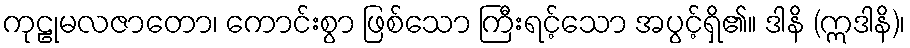
ကုဠုမလဇာတော၊ ကောင်းစွာ ဖြစ်သော ကြီးရင့်သော အပွင့်ရှိ၏။ ဒါနိ (ဣဒါနိ)၊